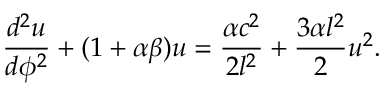
\frac { d ^ { 2 } u } { d \phi ^ { 2 } } + ( 1 + \alpha \beta ) u = \frac { \alpha c ^ { 2 } } { 2 l ^ { 2 } } + \frac { 3 \alpha l ^ { 2 } } { 2 } u ^ { 2 } .